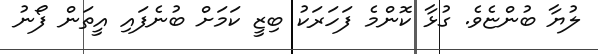
ލުޔާ ބުންޏެވެ. ގުޅާ ކޮންމެ ފަހަރަކު ބިޒީ ކަމަށް ބުނެފައި އީތަން ފޯނު